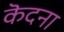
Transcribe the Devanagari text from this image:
कॆदना